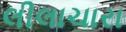
લીલાચારા